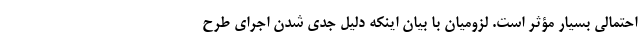
احتمالی بسیار مؤثر است. لزومیان با بیان اینکه دلیل جدی شدن اجرای طرح